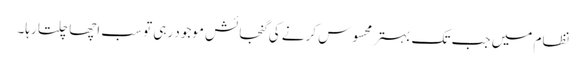
نظام میں جب تک بہتر محسوس کرنے کی گنجائش موجود رہی تو سب اچھا چلتا رہا۔